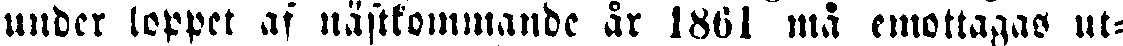
under loppet af nästkommande år 1861 må emottagas ut-